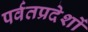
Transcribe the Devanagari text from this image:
पर्वतप्रदेशों